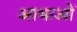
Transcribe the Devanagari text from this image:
आभाओं